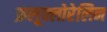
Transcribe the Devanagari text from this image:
फ्रलूक्लोरेलिन